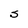
Character: S